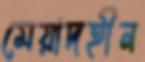
মেয়াদহীন